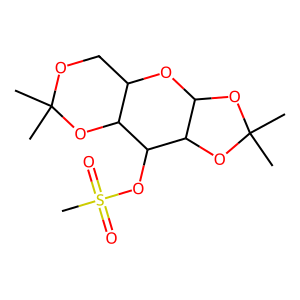
SMILES: CC1(C)OCC2OC3OC(C)(C)OC3C(OS(C)(=O)=O)C2O1
Inhibits HIV replication: No